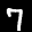
Label: 7